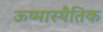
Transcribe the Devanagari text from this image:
ऊष्मास्थैतिक